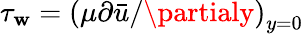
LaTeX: \tau_{\mathbf{w}}=\left(\mu\partial\bar{{u}}/\partialy\right)_{y=0}